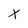
Character: X